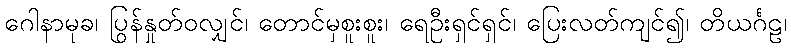
ဂေါနာမုခ၊ ပြွန်နှုတ်ဝလျှင်၊ တောင်မှစူးစူး၊ ရေဦးရှင်ရှင်၊ ပြေးလတ်ကျင်၍၊ တိယင်္ဂဠ၊